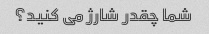
شما چقدر شارژ می کنید؟